Enquiry on enteric fever in India - Number 32
Disease focus: Fever
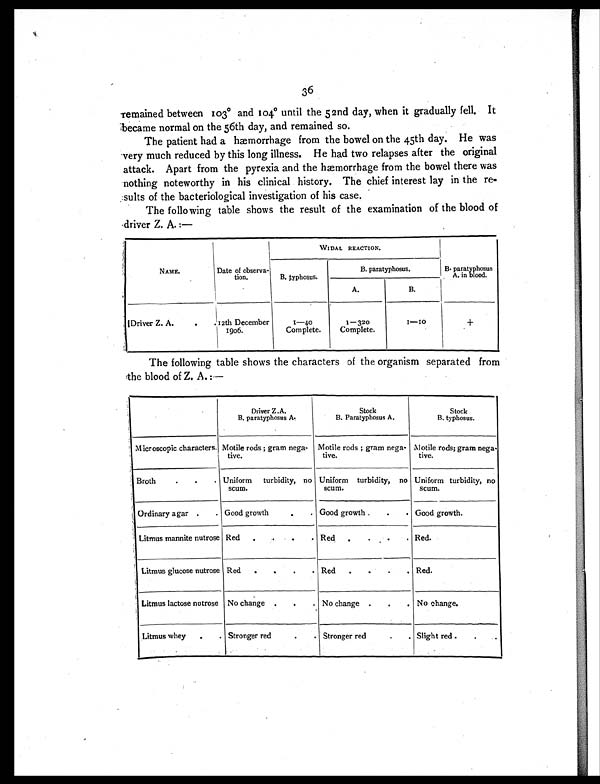
36
remained between 103° and 104° until the 52nd day, when it gradually fell. It
became normal on the 56th day, and remained so.
The patient had a hæmorrhage from the bowel on the 45th day. He was
very much reduced by this long illness. He had two relapses after the original
attack. Apart from the pyrexia and the hæmorrhage from the bowel there was
nothing noteworthy in his clinical history. The chief interest lay in the re-
sults of the bacteriological investigation of his case.
The following table shows the result of the examination of the blood of
driver Z. A. :—
NAME.
Date of observa-
t i o n .
W I D A L R E A C T I O N .
B. paratyphosus
A. in blood.
B. typhosus.
B. paratyphosus.
A .
B.
Driver Z. A.
. . 12th December
1 9 0 6 .
1—40
Complete.
1 — 320
Complete.
1—10
+
The following table shows the characters of the organism separated from
the blood of Z. A. :—
Dri ver Z. A.
B. paratyphosus A.
Stock
B. Paratyphosus A.
Stock
B. typhosus.
Microscopic characters. Motile rods ; gram nega-
tive.
Motile rods ; gram nega-
tive.
Motile rods; gram nega-
tive.
Broth
.
.
. Uniform turbidity, no
scum.
Uniform turbidity, no
scum.
Uniform turbidity, no
scum.
Ordinary agar
.
. Good growth
.
. Good growth
.
. Good growth.
Litmus mannite nutrose Red
.
.
.
. Red
.
.
.
. Red.
Litmus glucose nutrose Red
.
.
.
. Red
. .
.
. Red.
Litmus lactose nutrose No change
.
.
. No change
.
.
. No change.
Litmus whey
.
. Stronger red
.
. Stronger red
.
. Slight red .
. .